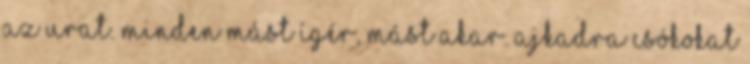
az urat. minden mást ígér, mást akar. Ajkadra csókokat